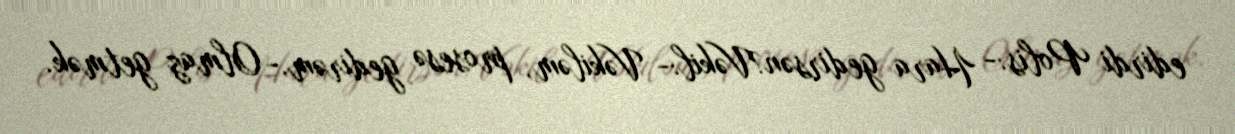
edirdi Polis:- Hara gedirsən?Vəkil:- Vəkiləm, prosesə gedirəm.- Olmaz getmək.